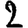
Digit: 2